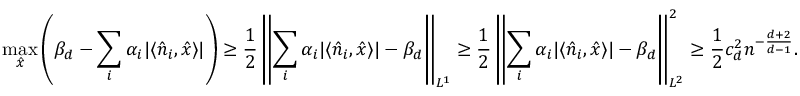
\operatorname* { m a x } _ { \hat { x } } \left( \beta _ { d } - \sum _ { i } \alpha _ { i } | \langle \hat { n } _ { i } , \hat { x } \rangle | \right) \ge \frac { 1 } { 2 } \left\lVert \sum _ { i } \alpha _ { i } | \langle \hat { n } _ { i } , \hat { x } \rangle | - \beta _ { d } \right\rVert _ { L ^ { 1 } } \ge \frac { 1 } { 2 } \left\lVert \sum _ { i } \alpha _ { i } | \langle \hat { n } _ { i } , \hat { x } \rangle | - \beta _ { d } \right\rVert _ { L ^ { 2 } } ^ { 2 } \ge \frac { 1 } { 2 } c _ { d } ^ { 2 } n ^ { - \frac { d + 2 } { d - 1 } } .